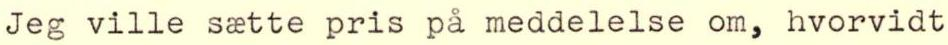
Jeg ville s tte pris på meddelelse om, hvorvidt